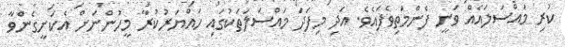
ކުރި މައްސަލައެއް ވަނީ ފެންމަތިވެފައެވެ. އަދި މިފަދަ މައްސަލަތަކުގައި ހައްޔަރުކުރާ މީހުންނަށް އެކަށީގެންވާ